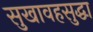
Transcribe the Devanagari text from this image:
सुखावहसुद्धा